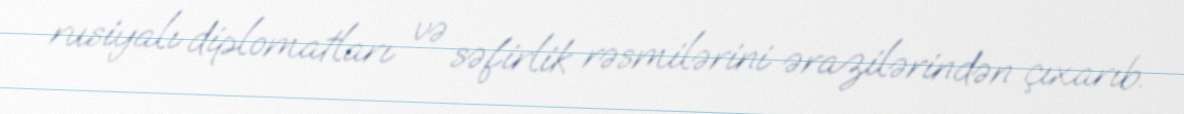
rusiyalı diplomatları və səfirlik rəsmilərini ərazilərindən çıxarıb.